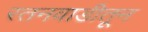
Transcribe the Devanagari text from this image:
रतनवाडीतून